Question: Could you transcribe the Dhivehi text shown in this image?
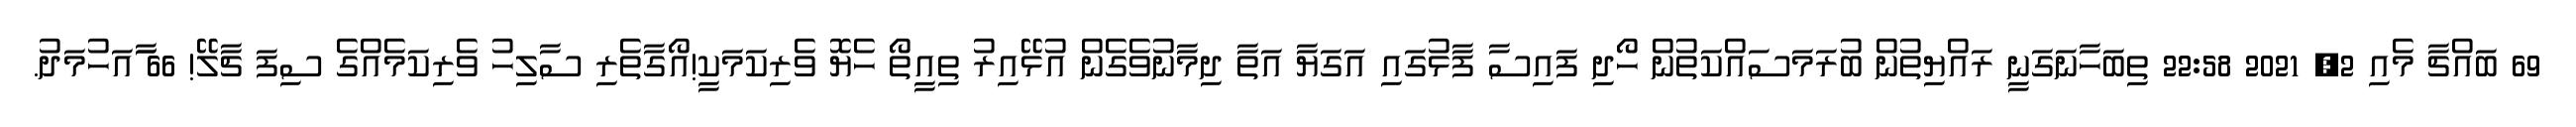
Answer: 69 ބައްޗާ މެއި 2, 2021 22:58 ތިބަހާނަގަނީ ރައްޔިތުން ބުރަމަސައްކަތުން ހޯދި ފައިސާ ފާޅުގައި އަގަޔާ އަތާ ދިމާނުވެގެން އުޅޭއިރު ތިއީތޯ ހެޔޮ ވެރިކަމަކީ!އޯގާތެރި ސާލިހު ވެރިކަމެއްގެ ސިފަ ޗާލޭ! 66 ާައަހުމަދު.